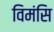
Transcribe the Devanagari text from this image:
विमंसि